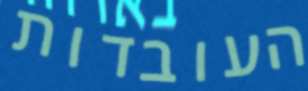
העובדות